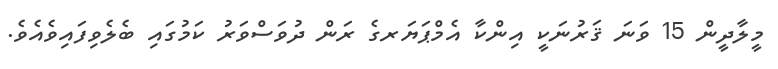
މީލާދީން 15 ވަނަ ޤަރުނަކީ އިންކާ އެމްޕަޔަރގެ ރަން ދުވަސްވަރު ކަމުގައި ބެލެވިފައިވެއެވެ.